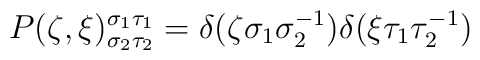
P(\zeta,\xi)^{\sigma_1\tau_1}_{\sigma_2\tau_2}= \delta(\zeta\sigma_1\sigma_2^{-1})\delta(\xi\tau_1\tau_2^{-1})